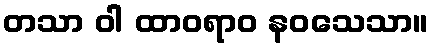
တသာ ဝါ ထာဝရာဝ နဝသေသာ။